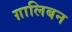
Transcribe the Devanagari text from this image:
ग़ालिबन